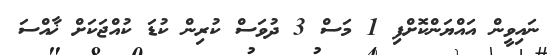
ނައިވީން އައްޔަންކޮށްފި 1 މަސް 3 ދުވަސް ކުރިން ކުޑަ ކުއްޖަކަށް ޚާއްސަ